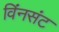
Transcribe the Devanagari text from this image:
विंनसंट